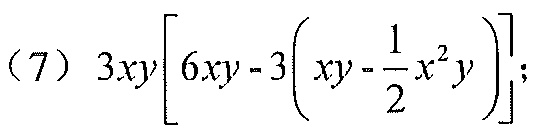
(7) \(3xy\left[6xy - 3\left(xy-\frac{1}{2}x^{2}y\right)\right]\);